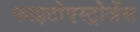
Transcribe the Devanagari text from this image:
फाइटोएस्ट्रोजेंस